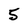
Character: 5